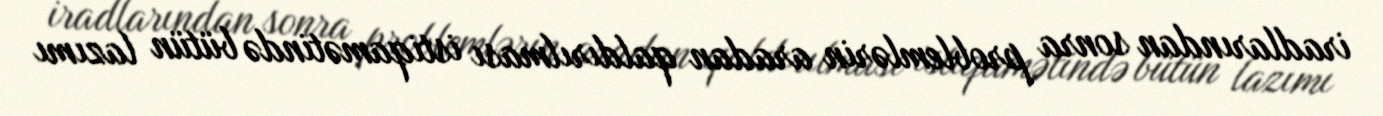
iradlarından sonra problemlərin aradan qaldırılması istiqamətində bütün lazımı